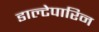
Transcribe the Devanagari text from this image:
डाल्टेपारिन